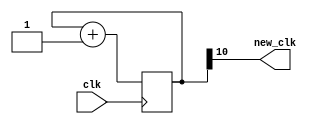
`timescale 1ns / 1ps

module CLK_DIV(
    input clk,
    output new_clk
);

reg [15:0] cnt;

assign new_clk = cnt[10];

always@ (posedge clk) begin
    cnt <= cnt + 1'b1;
end

initial begin
    cnt = 0;
end

endmodule